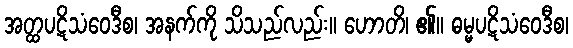
အတ္ထပဋိသံဝေဒီစ၊ အနက်ကို သိသည်လည်း။ ဟောတိ၊ ၏။ ဓမ္မပဋိသံဝေဒီစ၊